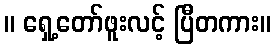
။ ရှေ့တော်ဖူးလင့် ပြီတကား။